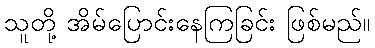
သူတို့ အိမ်ပြောင်းနေကြခြင်း ဖြစ်မည်။